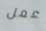
عمل